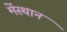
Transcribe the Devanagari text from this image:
मेंस्थान